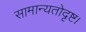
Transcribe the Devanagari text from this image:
सामान्यतोदृष्ट।